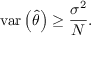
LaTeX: \operatorname { v a r } \left( { \hat { \theta } } \right) \geq { \frac { \sigma ^ { 2 } } { N } } .